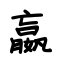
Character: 嬴